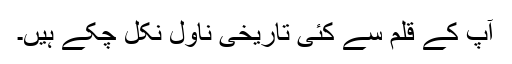
آپ کے قلم سے کئی تاریخی ناول نکل چکے ہیں۔